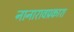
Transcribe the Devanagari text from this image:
नानारावप्रकाश